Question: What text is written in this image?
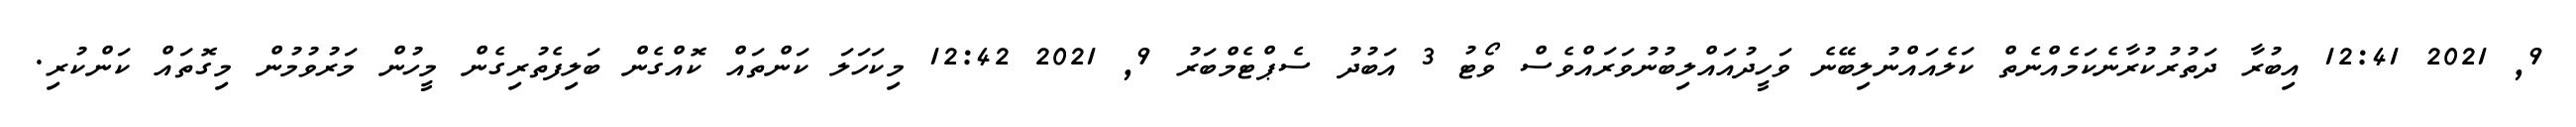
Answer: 9, 2021 12:41 އިބުރާ ދަތުރުކުރާނެކަމެއްނެތް ކަލެއައްނުލިބޭނެ ވަހީދުއައްލިބުނުވަރައްވެސް ވޯޓު 3 އަބުދު ސެޕްޓެމްބަރު 9, 2021 12:42 މިކަހަލަ ކަންތައް ކޮއްގެން ބަލިފެތުރިގެން މީހުން މަރުވުމުން މިގޮތައް ކަންކުރި.